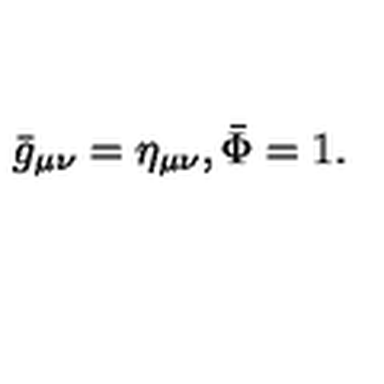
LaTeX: { \bar { g } } _ { \mu \nu } = \eta _ { \mu \nu } , { \bar { \Phi } } = 1 .